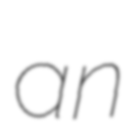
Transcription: an